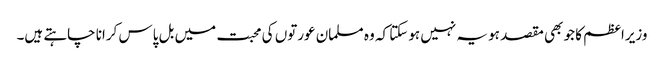
وزیراعظم کا جو بھی مقصد ہو یہ نہیں ہوسکتا کہ وہ مسلمان عورتوں کی محبت میں بل پاس کرانا چاہتے ہیں۔